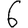
Digit: 6